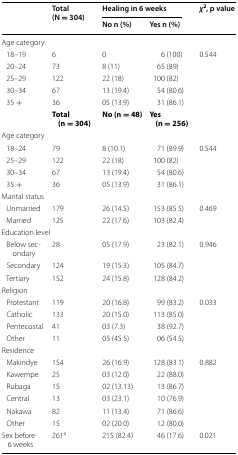
<table><thead><tr><td rowspan="2"></td><td rowspan="2"><b>Total (N = 304)</b></td><td colspan="2"><b>Healing in 6 weeks</b></td><td rowspan="2"><b><i>χ</i><sup>2</sup>, p value</b></td></tr><tr><td><b>No n (%)</b></td><td><b>Yes n (%)</b></td></tr></thead><tbody><tr><td colspan="5">Age category</td></tr><tr><td> 18–19</td><td>6</td><td>0</td><td>6 (100)</td><td>0.544</td></tr><tr><td> 20–24</td><td>73</td><td>8 (11)</td><td>65 (89)</td><td></td></tr><tr><td> 25–29</td><td>122</td><td>22 (18)</td><td>100 (82)</td><td></td></tr><tr><td> 30–34</td><td>67</td><td>13 (19.4)</td><td>54 (80.6)</td><td></td></tr><tr><td> 35 +</td><td>36</td><td>05 (13.9)</td><td>31 (86.1)</td><td></td></tr><tr><td></td><td><b>Total (n</b> <b>=</b> <b>304)</b></td><td><b>No (n</b> <b>=</b> <b>48)</b></td><td><b>Yes (n</b> <b>=</b> <b>256)</b></td><td></td></tr><tr><td colspan="5">Age category</td></tr><tr><td> 18–24</td><td>79</td><td>8 (10.1)</td><td>71 (89.9)</td><td>0.544</td></tr><tr><td> 25–29</td><td>122</td><td>22 (18)</td><td>100 (82)</td><td></td></tr><tr><td> 30–34</td><td>67</td><td>13 (19.4)</td><td>54 (80.6)</td><td></td></tr><tr><td> 35 +</td><td>36</td><td>05 (13.9)</td><td>31 (86.1)</td><td></td></tr><tr><td colspan="5">Marital status</td></tr><tr><td> Unmarried</td><td>179</td><td>26 (14.5)</td><td>153 (85.5)</td><td>0.469</td></tr><tr><td> Married</td><td>125</td><td>22 (17.6)</td><td>103 (82.4)</td><td></td></tr><tr><td colspan="5">Education level</td></tr><tr><td> Below secondary</td><td>28</td><td>05 (17.9)</td><td>23 (82.1)</td><td>0.946</td></tr><tr><td> Secondary</td><td>124</td><td>19 (15.3)</td><td>105 (84.7)</td><td></td></tr><tr><td> Tertiary</td><td>152</td><td>24 (15.8)</td><td>128 (84.2)</td><td></td></tr><tr><td colspan="5">Religion</td></tr><tr><td> Protestant</td><td>119</td><td>20 (16.8)</td><td>99 (83.2)</td><td>0.033</td></tr><tr><td> Catholic</td><td>133</td><td>20 (15.0)</td><td>113 (85.0)</td><td></td></tr><tr><td> Pentecostal</td><td>41</td><td>03 (7.3)</td><td>38 (92.7)</td><td></td></tr><tr><td> Other</td><td>11</td><td>05 (45.5)</td><td>06 (54.5)</td><td></td></tr><tr><td colspan="5">Residence</td></tr><tr><td> Makindye</td><td>154</td><td>26 (16.9)</td><td>128 (83.1)</td><td>0.882</td></tr><tr><td> Kawempe</td><td>25</td><td>03 (12.0)</td><td>22 (88.0)</td><td></td></tr><tr><td> Rubaga</td><td>15</td><td>02 (13.13)</td><td>13 (86.7)</td><td></td></tr><tr><td> Central</td><td>13</td><td>03 (23.1)</td><td>10 (76.9)</td><td></td></tr><tr><td> Nakawa</td><td>82</td><td>11 (13.4)</td><td>71 (86.6)</td><td></td></tr><tr><td> Other</td><td>15</td><td>02 (20.0)</td><td>12 (80.0)</td><td></td></tr><tr><td>Sex before 6 weeks</td><td>261<sup>a</sup></td><td>215 (82.4)</td><td>46 (17.6)</td><td>0.021</td></tr></tbody></table>